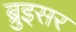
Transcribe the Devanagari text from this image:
ब्रुइसर